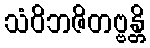
သံဝိဘဇိတဗ္ဗန္တိ